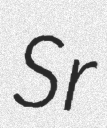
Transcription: Sr